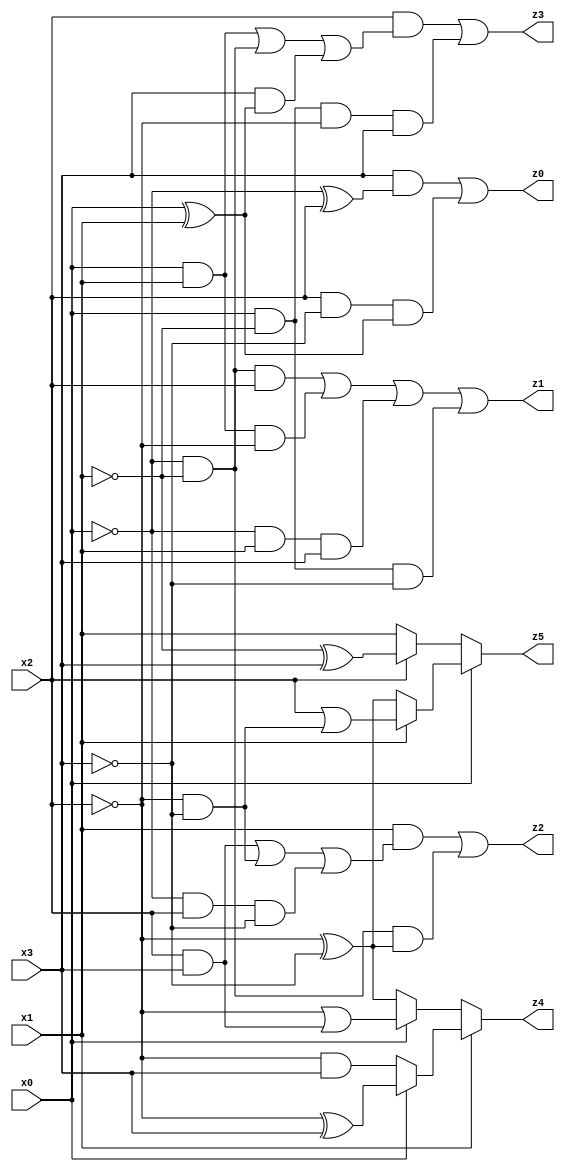
// Benchmark "X_67" written by ABC on Thu Jun 08 00:47:33 2023

module X_67 ( 
    x0, x1, x2, x3,
    z0, z1, z2, z3, z4, z5  );
  input  x0, x1, x2, x3;
  output z0, z1, z2, z3, z4, z5;
  assign z0 = (x3 & (~x0 ^ x2)) | (x2 & ~x3 & (x0 ^ x1));
  assign z1 = (~x0 & ~x1 & x2) | (x0 & x1 & ~x2) | (~x0 & x1 & x3) | (x0 & ~x1 & ~x3);
  assign z2 = (x1 & ((x2 & x3) | (~x2 & ~x3) | (~x0 & x2 & ~x3))) | (~x0 & ~x1 & (~x2 ^ ~x3));
  assign z3 = (x2 & ((x0 & x1) | (~x0 & ~x1) | (x3 & (x0 ^ x1)))) | (x0 & ~x1 & ~x2 & x3);
  assign z4 = x1 ? (x0 ? (~x2 ^ x3) : (~x2 & x3)) : (x0 ? (~x2 | (x2 & x3)) : (~x2 ^ ~x3));
  assign z5 = x0 ? (x1 ? (x2 | (~x2 & ~x3)) : (~x2 ^ ~x3)) : (x2 ? (~x1 ^ x3) : x1);
endmodule